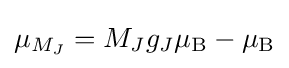
\mu _{M_{J}}=M_{J}g_{J}\mu _{\mathrm {B} }-\mu _{\mathrm {B} }